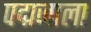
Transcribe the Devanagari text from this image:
पद्मजाला